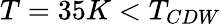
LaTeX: T=35K<T_{CDW}